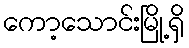
ကော့သောင်းမြို့ရှိ